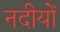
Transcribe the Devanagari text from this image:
नदीयोँ